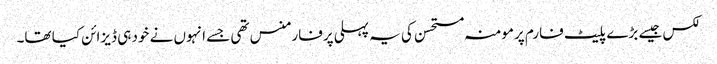
لکس جیسے بڑے پلیٹ فارم پرمومنہ مستحسن کی یہ پہلی پرفارمنس تھی جسے انہوں نے خود ہی ڈیزائن کیا تھا۔